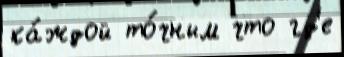
ка́ждой то́чным что гд'е